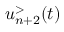
u _ { n + 2 } ^ { > } ( t )